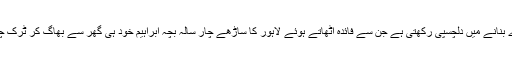
حکومت اس وقت صرف میٹرو اور موٹروے بنانے میں دلچسپی رکھتی ہے جن سے فائدہ اٹھاتے ہوئے لاہور کا ساڑھے چار سالہ بچہ ابراہیم خود ہی گھر سے بھاگ کر ٹرک چلاتا ہوا چند گھنٹوں میں بنوں پہنچ سکتا ہے۔